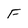
Character: F